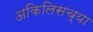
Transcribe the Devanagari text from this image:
अकिलिसच्या